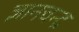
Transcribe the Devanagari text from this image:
ज्ञानचन्द्र